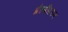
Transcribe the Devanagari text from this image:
प्रेस्बीटरन